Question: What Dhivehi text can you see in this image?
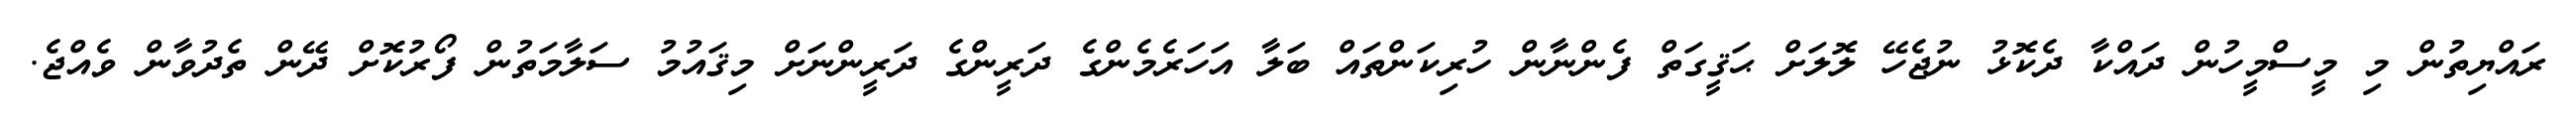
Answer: ރައްޔިތުން މި މީސްމީހުން ދައްކާ ދެކޮޅު ނުޖެހޭ ލޮލަށް ޙަޤީގަތް ފެންނާން ހުރިކަންތައް ބަލާ އަހަރެމެންގެ ދަރީންގެ ދަރީންނަށް މިޤައުމު ސަލާމަތުން ފޯރުކޮށް ދޭން ތެދުވާން ވެއްޖެ.